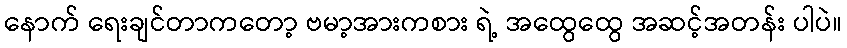
နောက် ရေးချင်တာကတော့ ဗမာ့အားကစား ရဲ့ အထွေထွေ အဆင့်အတန်း ပါပဲ။